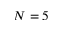
N = 5